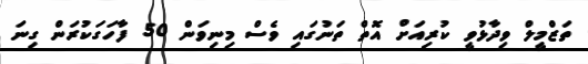
ތަޒްމީލް ވިދާޅުވީ ކުރިއަށް އޮތް ތަނުގައި ވެސް މިނިވަން 50 ފާހަގަކުރަން ގިނަ